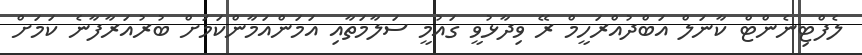
ލެފްޓިނެންޓް ކާނަލް އަބްދުއްރަހީމް ރޭ ވިދާޅުވީ ގައުމީ ސަލާމަތާއި އަމަންއަމާންކަމަށް ބުރުއަރާފާނެ ކަމަށް